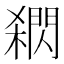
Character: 閷